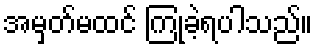
အမှတ်မထင် ကြုံခဲ့ရပါသည်။